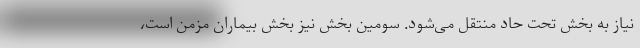
نیاز به بخش تحت حاد منتقل می‌شود. سومین بخش نیز بخش بیماران مزمن است،